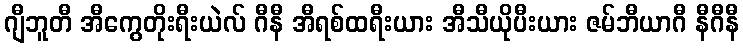
ဂျီဘူတီ အီကွေတိုးရီးယဲလ် ဂီနီ အီရစ်ထရီးယား အီသီယိုပီးယား ဇမ်ဘီယာဂီ နီဂီနီ